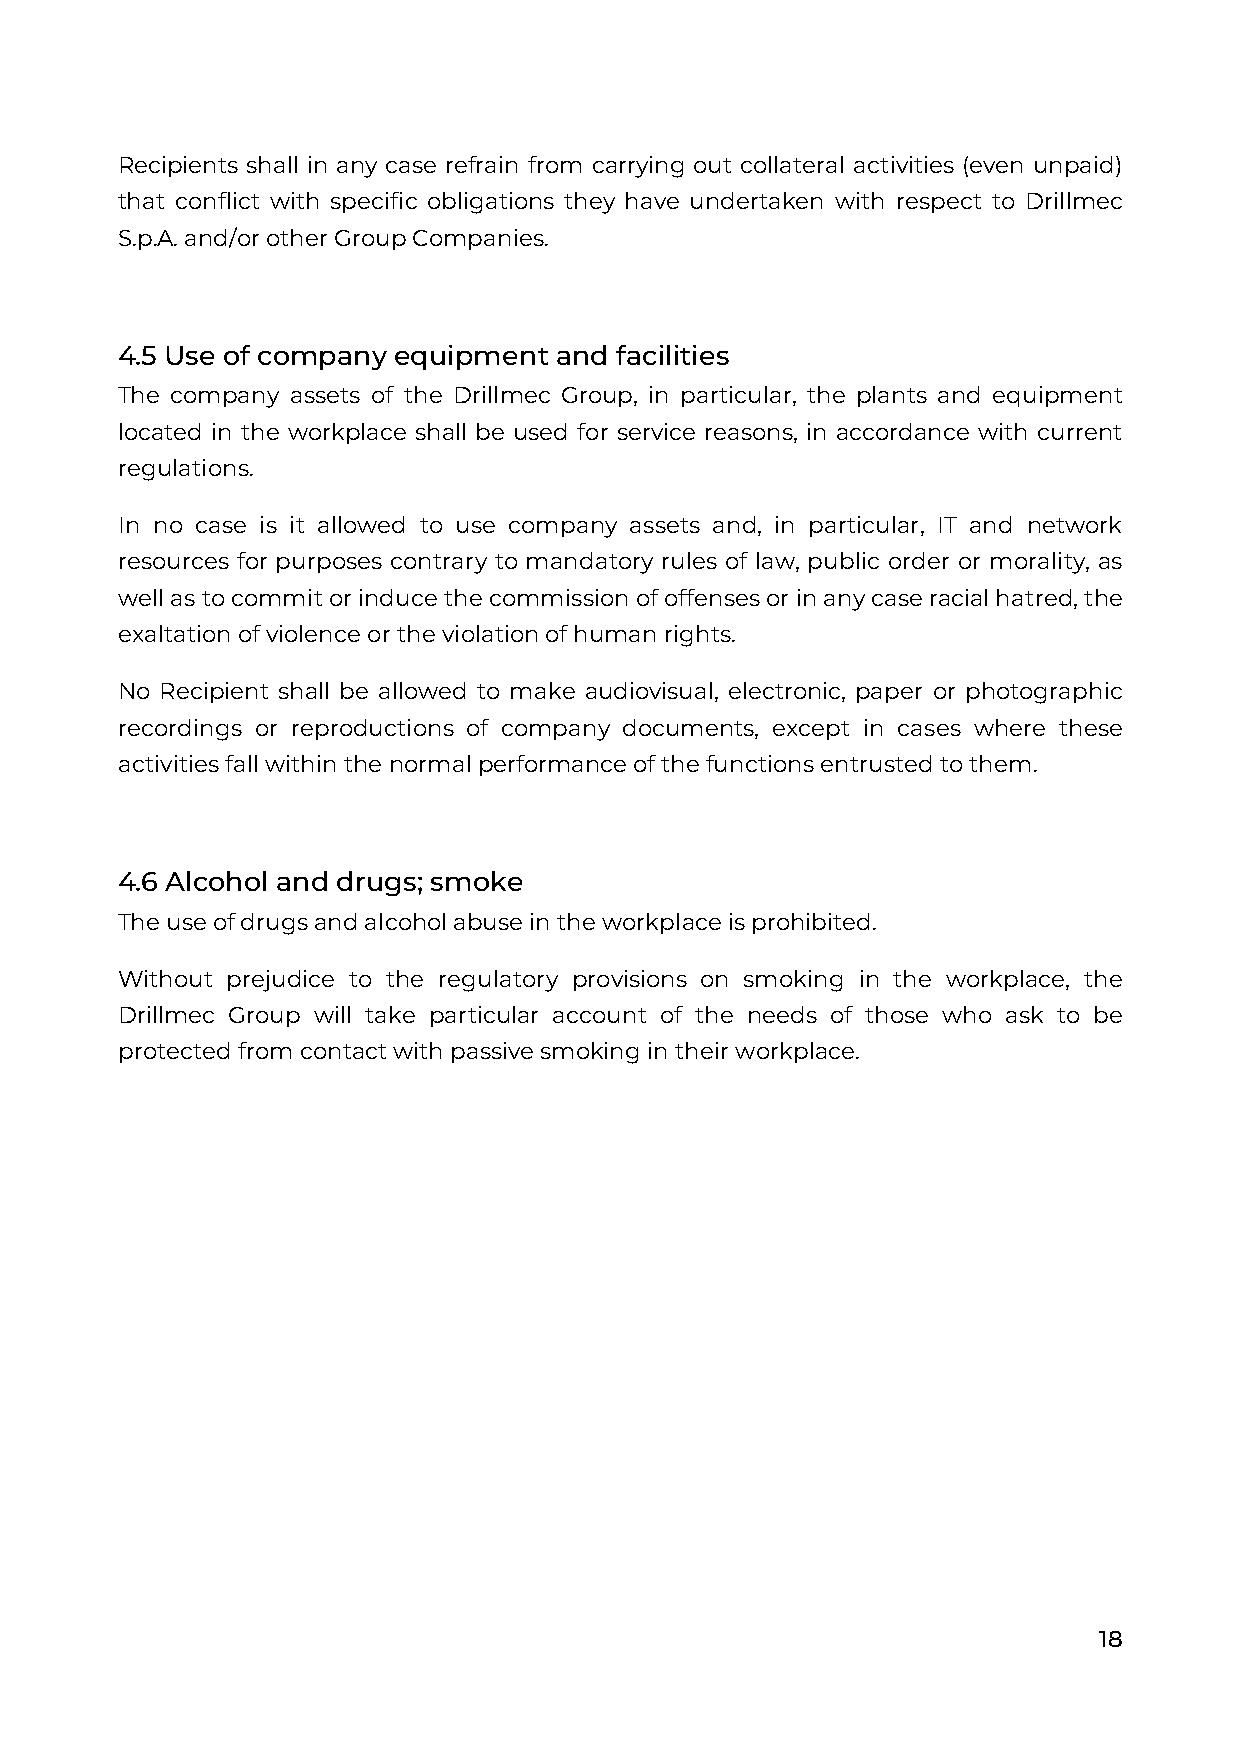
Recipients shall in any case refrain from carrying out collateral activities (even unpaid)
 that conflict with specific obligations they have undertaken with respect to Drillmec
 S.p.A. and/or other Group Companies.
 4.5 Use of company equipment and facilities
 The company assets of the Drillmec Group, in particular, the plants and equipment
 located in the workplace shall be used for service reasons, in accordance with current
 regulations.
 In no case is it allowed to use company assets and, in particular, IT and network
 resources for purposes contrary to mandatory rules of law, public order or morality, as
 well as to commit or induce the commission of offenses or in any case racial hatred, the
 exaltation of violence or the violation of human rights.
 No Recipient shall be allowed to make audiovisual, electronic, paper or photographic
 recordings or reproductions of company documents, except in cases where these
 activities fall within the normal performance of the functions entrusted to them.
 4.6 Alcohol and drugs; smoke
 The use of drugs and alcohol abuse in the workplace is prohibited.
 Without prejudice to the regulatory provisions on smoking in the workplace, the
 Drillmec Group will take particular account of the needs of those who ask to be
 protected from contact with passive smoking in their workplace.
 18